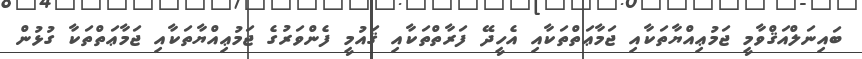
ބައިނަލްއަޤްވާމީ ޖަމުޢިއްޔާތަކާއި ޖަމާޢަތްތަކާއި އެހީދޭ ފަރާތްތަކާއި ޤައުމީ ފެންވަރުގެ ޖަމުޢިއްޔާތަކާއި ޖަމާޢަތްތަކާ ގުޅުން